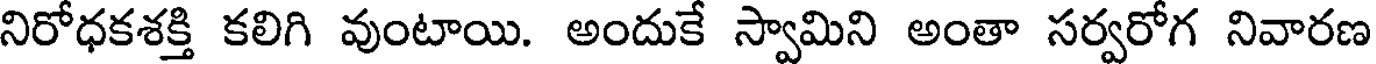
నిరోధకశక్తి కలిగి వుంటాయి. అందుకే స్వామిని అంతా సర్వరోగ నివారణ